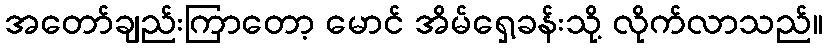
အတော်ချည်းကြာတော့ မောင် အိမ်ရှေ့ခန်းသို့ လိုက်လာသည်။